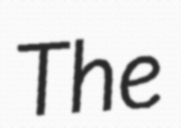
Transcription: The